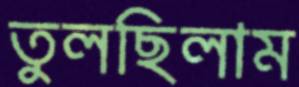
তুলছিলাম